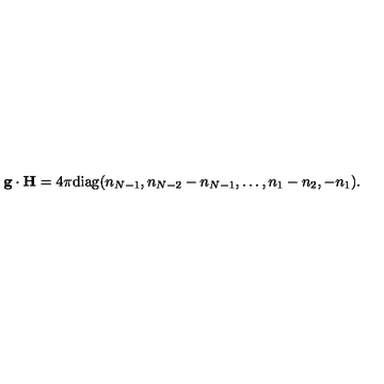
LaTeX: { \bf g } \cdot { \bf H } = { 4 \pi } \mathrm { d i a g } ( n _ { N - 1 } , n _ { N - 2 } - n _ { N - 1 } , \dots , n _ { 1 } - n _ { 2 } , - n _ { 1 } ) .